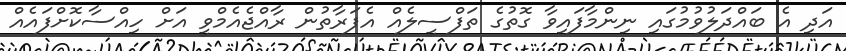
އަދި އެ ބައްދަލުވުމުގައި ނިންމާފައިވާ ގޮތުގެ ތަފްސީލެއް އެފަރާތުން ރާއްޖެއެމްވީ އަށް ހިއްސާކޮށްފައެއް